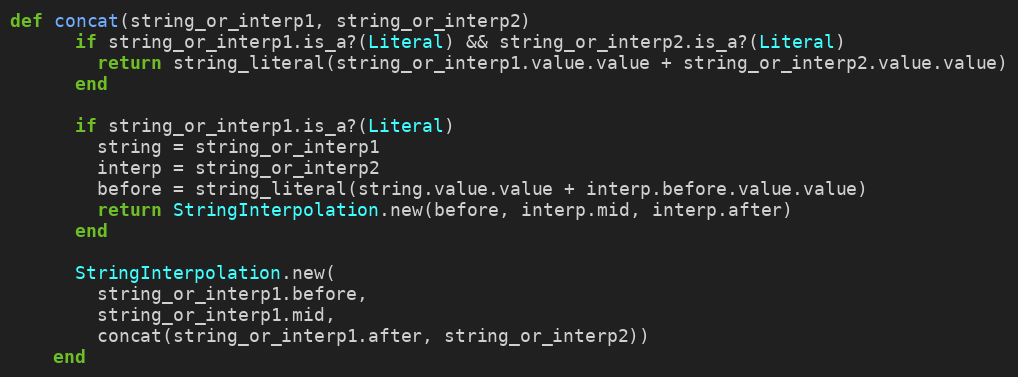
Language: Ruby
def concat(string_or_interp1, string_or_interp2)
      if string_or_interp1.is_a?(Literal) && string_or_interp2.is_a?(Literal)
        return string_literal(string_or_interp1.value.value + string_or_interp2.value.value)
      end

      if string_or_interp1.is_a?(Literal)
        string = string_or_interp1
        interp = string_or_interp2
        before = string_literal(string.value.value + interp.before.value.value)
        return StringInterpolation.new(before, interp.mid, interp.after)
      end

      StringInterpolation.new(
        string_or_interp1.before,
        string_or_interp1.mid,
        concat(string_or_interp1.after, string_or_interp2))
    end